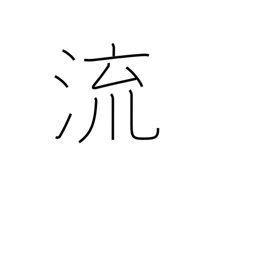
Meaning: a sink